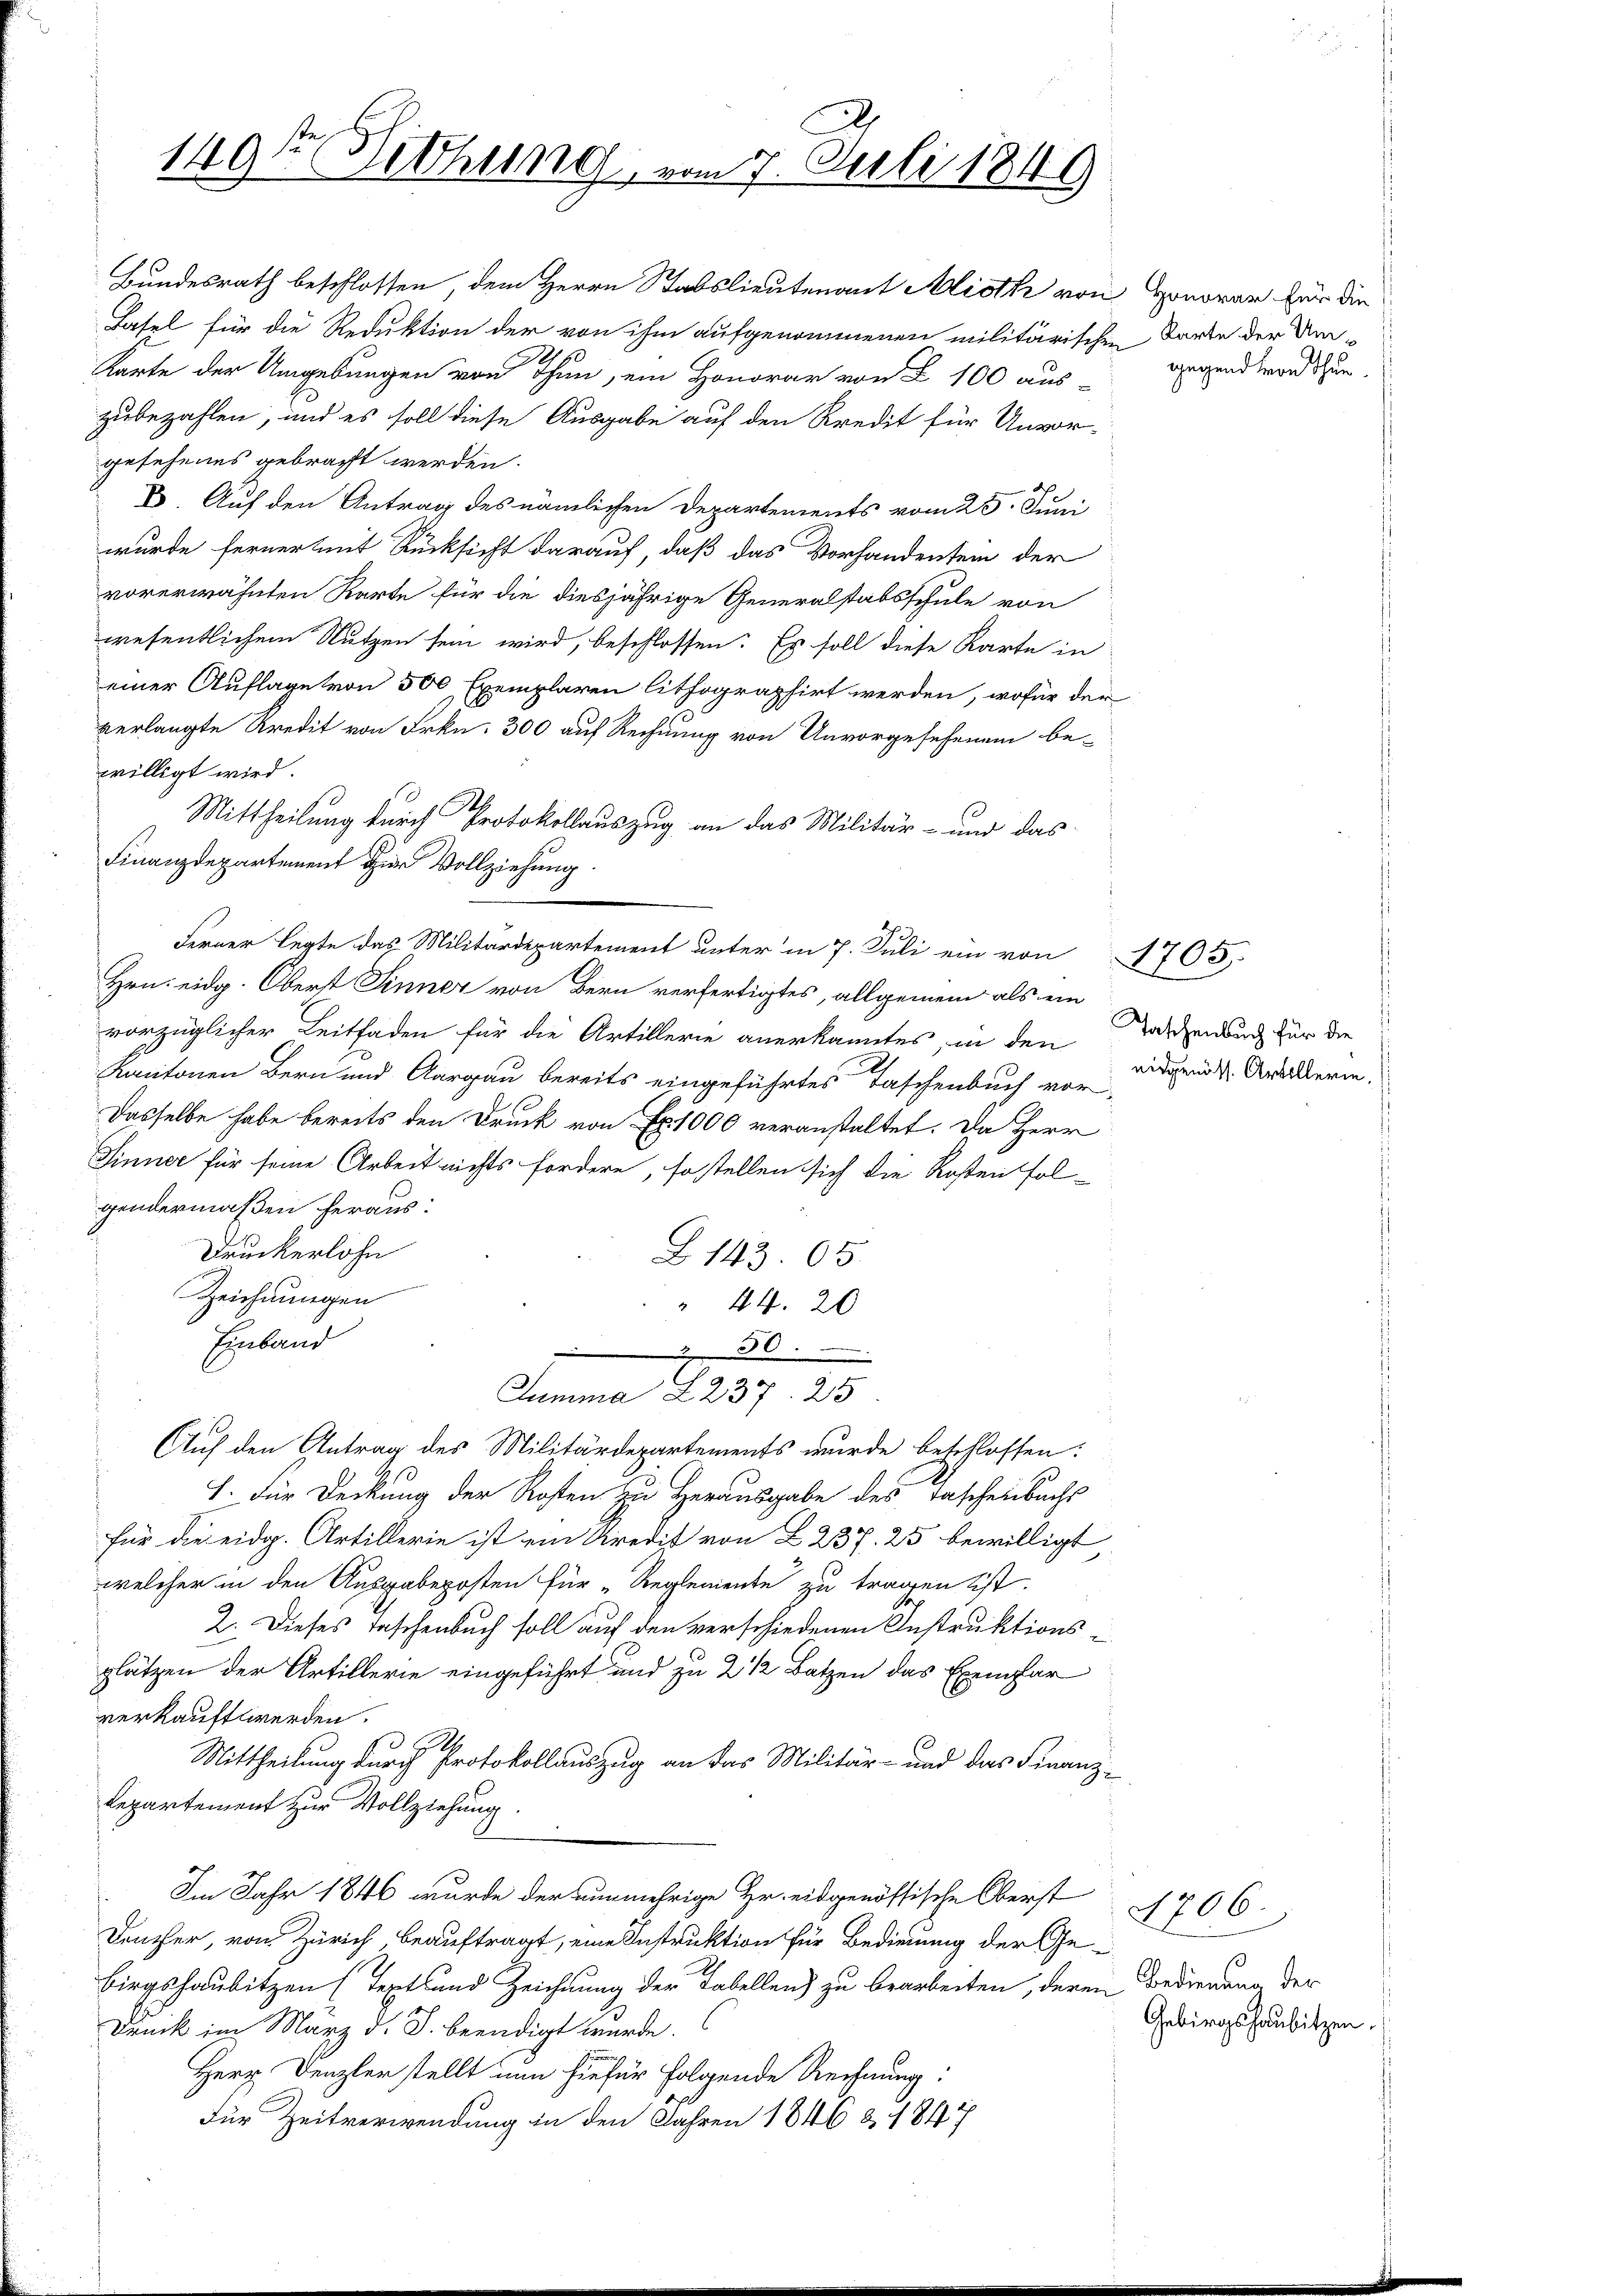
se
149. Detthung, vom 7. Juli 1849

Bundesrath beschlossen, dem Herrn Stabslieutenant Alioth von Honorar für die
Lasel für die Reduktion der von ihm aufgenommenen militärischen Karte der Um
250
Karte der Umgebungen von ohne, ein Honorar von § 100 aus-
zubezahlen, und es soll diese Ausgabe auf den Kredit für Unvor-
gesehenes gebracht werden.
E. Auf den Antrag des nämlichen Departements vom 25. Juni
wurde ferner mit Rücksicht darauf, daß das Vorhandenten der
vorerwähnten Karte für die diesjährige Generalstabsschule von
wesentlichem Nutzen sein wird, beschlossen: Es soll diese Karte in
einer Auflage von 500 Exemplaren lithographirt werden, wofür der
verlangte Kredit von Frkn. 300 auf Rechnung von Unvorgesehenein be-
willigt wird.
2
Mittheilung durch Protokollauszug an das Militär- und das
Finanzdepartement zur Vollziehung
Ferner legte das Militärdepartement unter in 7. Juli ein von 1705
Hrn. eidg. Oberst Sinner von Bern verfertigtes, allgemein als ein
vorzüglicher Leitfaden für die Artillerie anerkanntes, in den Taschenbuch für die
Kantonen Bern und Aargau bereits eingeführtes Taschenbuch vor-
Dasselbe habe bereits den Druck von Ex. 1000 veranstaltet. Da Herr
Sinner für seine Arbeit nichts fordere, so stellen sich die Kosten fol-
gendermaßen heraus:
Druckerlohn
B143. 65.
Zeichnungen
" 44. 20
Einband
280
Summa L 237. 25
Auf den Antrag des Militärdepartements wurde beschlossen:
1. Für Deckung der Kosten zu Herausgabe des Taschenbuchs
für die eidg. Artillerie ist ein Kredit von L 237. 25 bewilligt
welcher in den Ausgabeposten für „Reglemente zu tragen ist.
2. Dieses Taschenbuch soll auf den verschiedenen Instruktionsd
plätzen der Artillerie eingeführt und zu 2 1/2 Batzen das Exemplar
verkauft werden.
Mittheilung durch Protokollauszug an das Militär- und das Finanz¬
Repartement zur Vollziehung
Im Jahr 1846 wurde der nunmehrige Hr. eidgenössische Oberst
Denther, von Zürich, beauftragt, eine Instruktion für Bedienung der Gebirgshausitzen (Textland Zeichnung der Tabellen) zu bearbeiten, deren Bedienung der
Dunck im März d. J. beendigt wurde.
Herr Denzler stellt nun hiefür folgende Rechnung:
Für Zeitverwendung in den Jahren 1846 & 1847

gegend von thun.

eidgenöss. Artillerie.

4706.
Gebirgshausitzen.